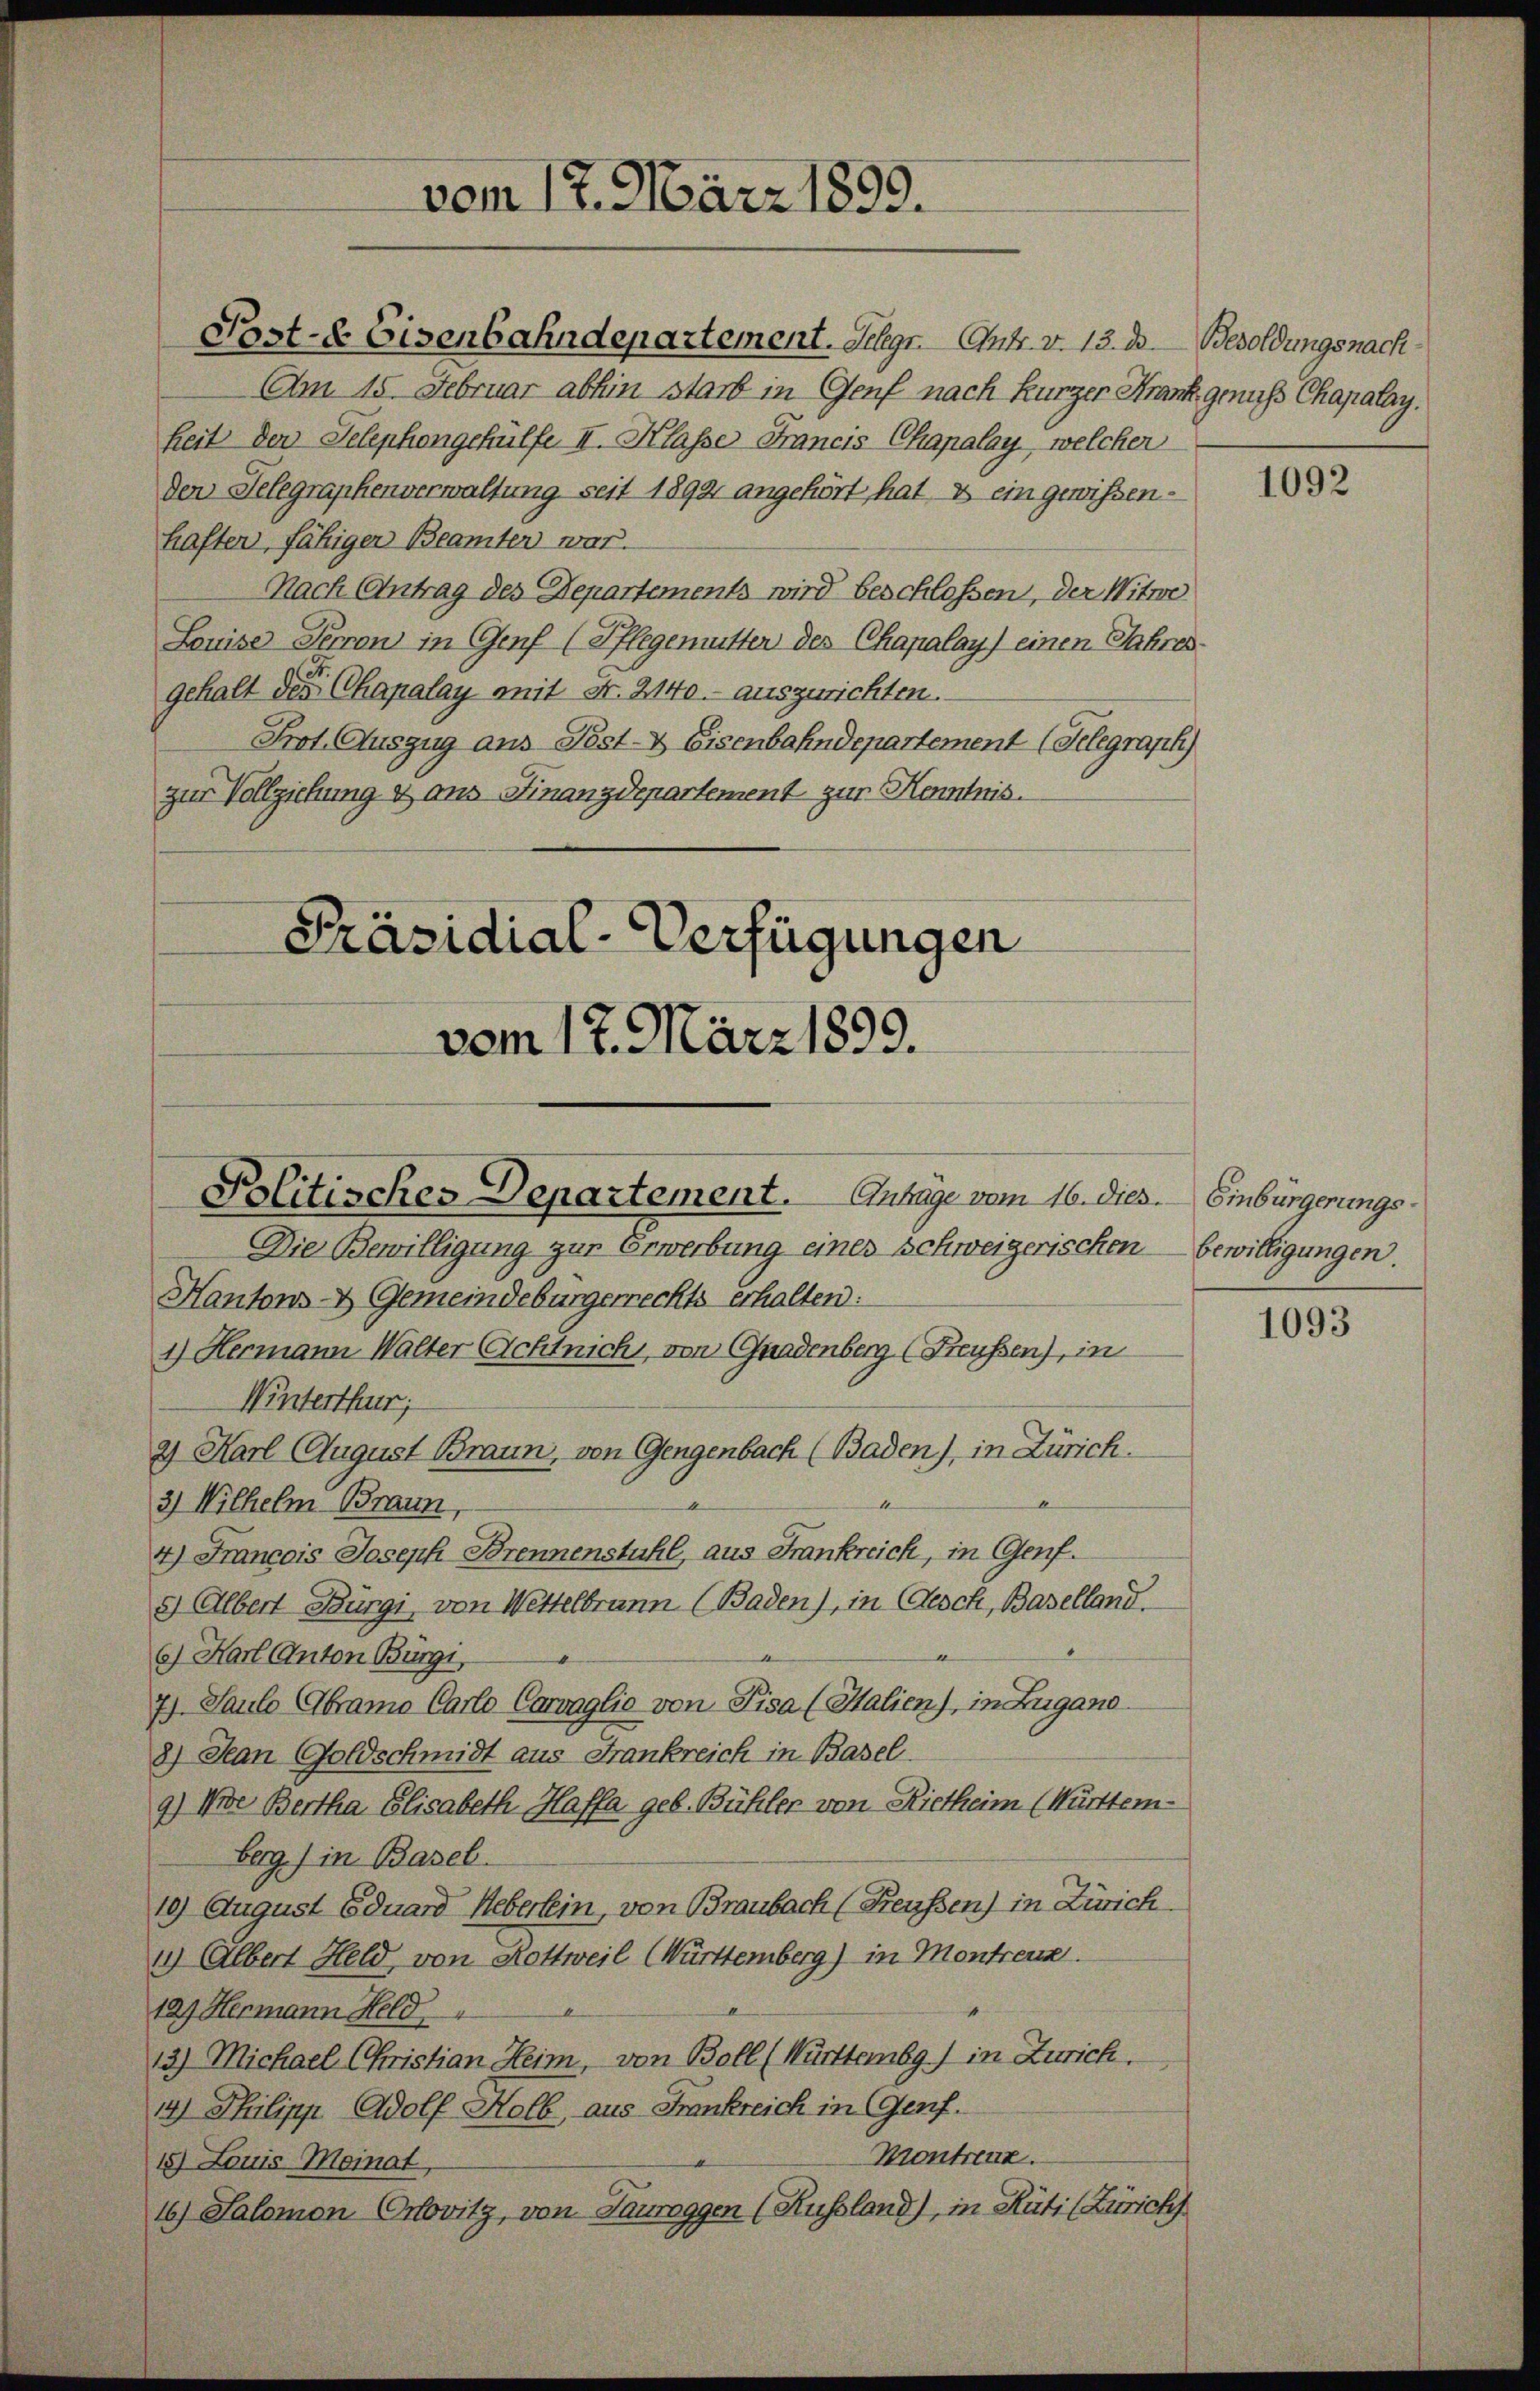
Past-E Eisenbahndepartement. Selgr. Entr. v. 13. d. Besoldungsnach
Am 15. Februar abhin starb in Genf nach kurzer Krank genus Chapalay.
heit der Telephongehülfe II. Klasse Francis Chapalay welcher
den Telegraphenverwaltung seit 1892 angehört hat & ein gewissen-
haften, fähiger Beamten war.
Nach Antrag des Departements wird beschlossen, der Witwe
Louise Perron in Genf (Pflegenmitter des Chapalay) einen Jahresgehalt des CChapalay mit Nr. 2140.- auszurichten.
Prot. Auszug aus Post- & Eisenbahndepartement (Telegraph
zur Vollziehung & aus Finanzdepartement zur Kenntnis.
Präsidial-Verfügungen

vom 17. März 1899.

vom 17. März 1899.
Politisches Departement. Antrage vom 16. dies. Einbürgerungs¬

Die Bewilligung zur Erwerbung eines Schweigerischen bewilligungen.
Kantons- & Gemeindebürgerrechts erhalten:
1.) Hermann Walter Acht nich, von Gnadenberg (Freussen), in
Winterthur;
2) Karl August Braun, von Gengenbach (Baden), in Zürich.
3) Wilhelm Braun,
4) Francois Joseph Brennenstuhl, aus Frankreich, in Genf.
5) Albert Bürgi, von Wettelbrunn (Baden), in Gesch, Baselland.
6) Karl Anton Bürgi,
7) Saulo Abramo Carlo Carvaglio von Pisa (Halien), in Zugano.
8) Man Goldschmidt aus Frankreich in Basel.
9) Die Bertha Elisabeth Haffa geb. Bühler von Rietheim (Württem-
beg) in Basel.
19) August Eduard Ueberlein, von Braubach (Freußen) in Zürich
11) Albert Held von Rottweil (Württemberg) in Montreuz.
129. Hermann Held
13) Michael Christian Heim, von Boll (Württembg.) in Zürich.
14) Philipp Adolf Holb, aus Frankreich in Genf.
Montrenz.
18) Louis Moinat
16) Salomon Orkovitz, von Laureggen (Russland), in Rüti (Züricht

1092

1093